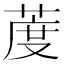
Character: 𦳔